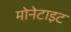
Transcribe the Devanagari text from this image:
मोनेटाइट